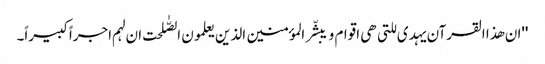
''ان ھذا القرآن یہدی للتی ھی اقوام و یبشّر المؤمنین الذین یعلمون الصّٰلحت ان لہم اجراً کبیراً۔